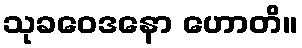
သုခဝေဒနော ဟောတိ။